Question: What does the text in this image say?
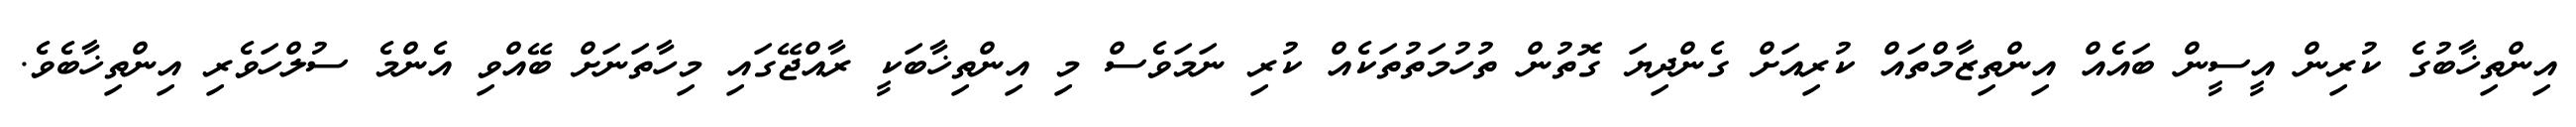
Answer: އިންތިޚާބުގެ ކުރިން އީސީން ބައެއް އިންތިޒާމްތައް ކުރިއަށް ގެންދިޔަ ގޮތުން ތުހުމަތުތަކެއް ކުރި ނަމަވެސް މި އިންތިޚާބަކީ ރާއްޖޭގައި މިހާތަނަށް ބޭއްވި އެންމެ ސުލްހަވެރި އިންތިޚާބެވެ.